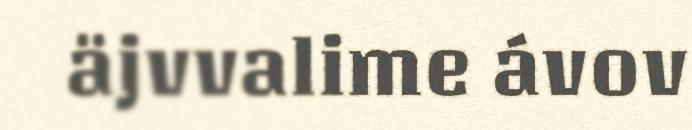
äjvvalime ávov